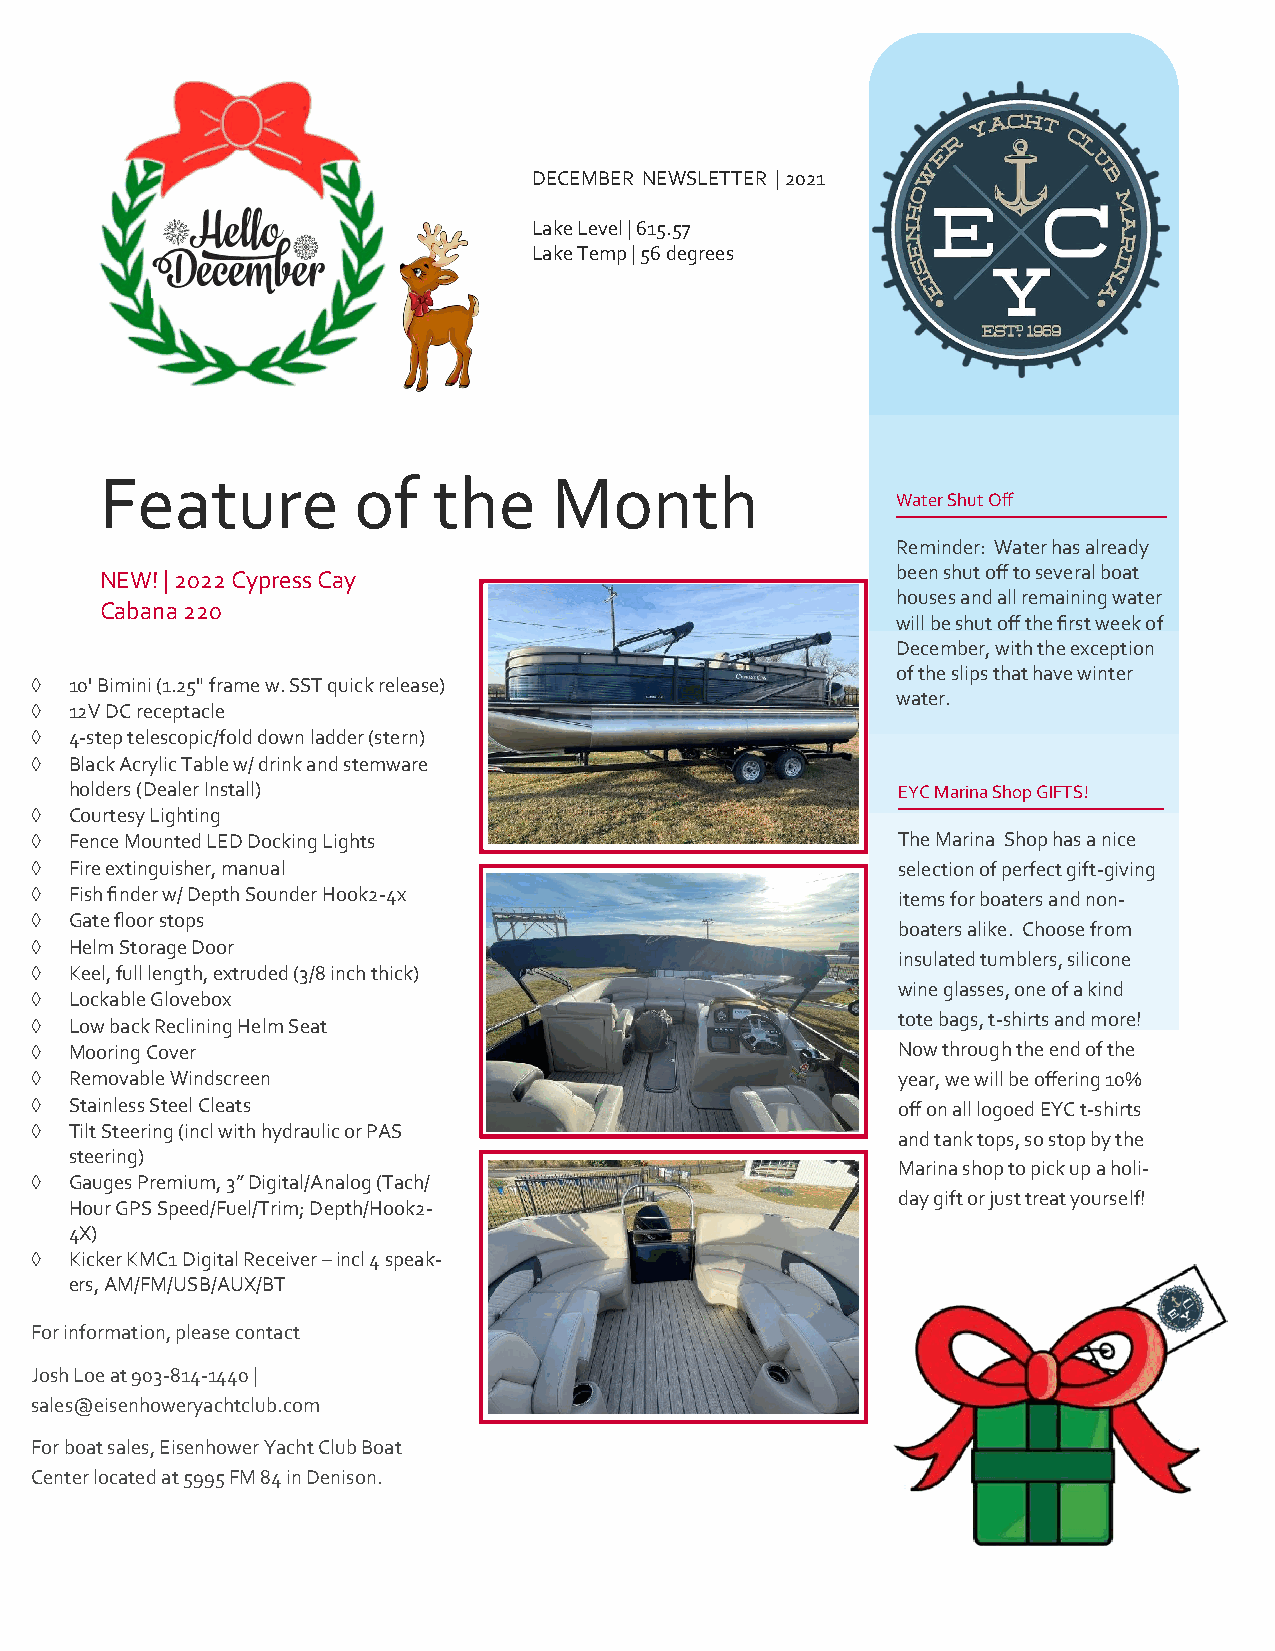
DECEMBER NEWSLETTER | 2021
 Lake Level | 615.57
 Lake Temp | 56 degrees
 Feature         of    the     Month
 Water Shut Off
 Reminder: Water has already
 NEW! | 2022 Cypress Cay                             been shut off to several boat
 houses and all remaining water
 Cabana 220
 will be shut off the first week of
 December, with the exception
 of the slips that have winter
   10' Bimini (1.25" frame w. SST quick release)
 water.
   12V DC receptacle
   4-step telescopic/fold down ladder (stern)
   Black Acrylic Table w/ drink and stemware
 holders (Dealer Install)                              EYC Marina Shop GIFTS!
   Courtesy Lighting
   Fence Mounted LED Docking Lights                      The Marina Shop has a nice
   Fire extinguisher, manual                             selection of perfect gift-giving
   Fish finder w/ Depth Sounder Hook2-4x                 items for boaters and non-
   Gate floor stops
 boaters alike. Choose from
   Helm Storage Door
 insulated tumblers, silicone
   Keel, full length, extruded (3/8 inch thick)
 wine glasses, one of a kind
   Lockable Glovebox
   Low back Reclining Helm Seat                          tote bags, t-shirts and more!
   Mooring Cover                                         Now through the end of the
   Removable Windscreen                                  year, we will be offering 10%
   Stainless Steel Cleats                                off on all logoed EYC t-shirts
   Tilt Steering (incl with hydraulic or PAS
 and tank tops, so stop by the
 steering)
 Marina shop to pick up a holi-
   Gauges Premium, 3” Digital/Analog (Tach/
 day gift or just treat yourself!
 Hour GPS Speed/Fuel/Trim; Depth/Hook2-
 4X)
   Kicker KMC1 Digital Receiver – incl 4 speak-
 ers, AM/FM/USB/AUX/BT
 For information, please contact
 Josh Loe at 903-814-1440 |
 sales@eisenhoweryachtclub.com
 For boat sales, Eisenhower Yacht Club Boat
 Center located at 5995 FM 84 in Denison.